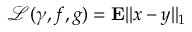
\mathcal { L } ( \gamma , f , g ) = { \mathbf { E } } | | x - y | | _ { 1 }